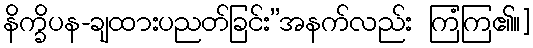
နိက္ခိပန-ချထားပညတ်ခြင်း”အနက်လည်း ကြံကြ၏။]